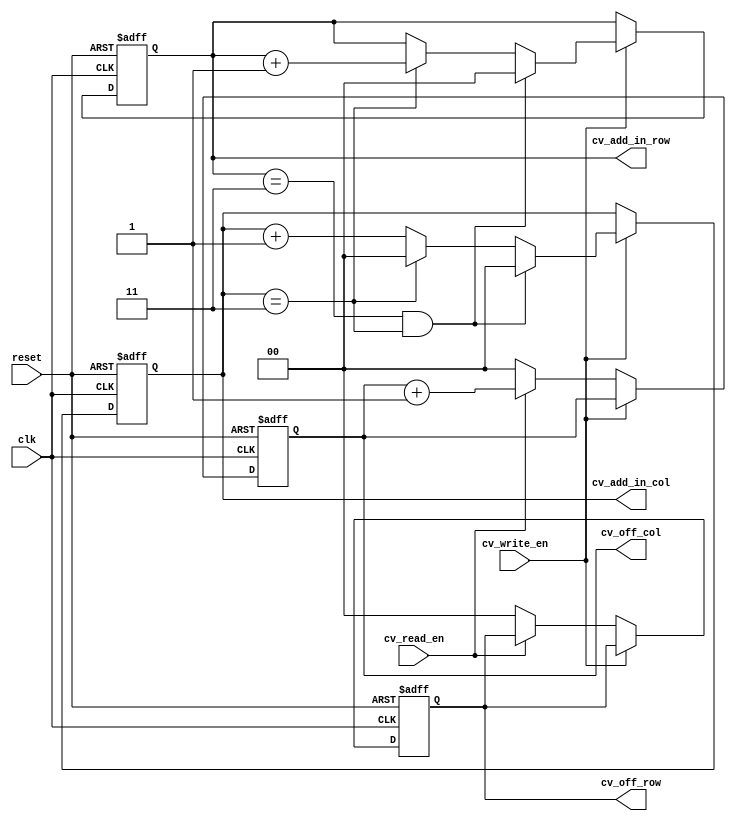
`timescale 1ns / 1ps
//////////////////////////////////////////////////////////////////////////////////
// Company: 
// Engineer: 
// 
// Design Name: 
// Module Name: Conved_count
// Project Name: 
// Target Devices: 
// Tool Versions: 
// Description: 
// 
// Dependencies: 
// 
// Revision:
// Revision 0.01 - File Created
// Additional Comments:
// 
//////////////////////////////////////////////////////////////////////////////////


module Conved_count(clk, reset, cv_write_en, cv_read_en, cv_add_in_col, cv_add_in_row, cv_off_col, cv_off_row );

parameter CON_SIZE = 4; //conved memory y X y
parameter CON_ADDR = 2;

input clk, reset;
input cv_write_en;
input cv_read_en;

output reg [CON_ADDR-1:0] cv_add_in_col;
output reg [CON_ADDR-1:0] cv_add_in_row;

output reg [CON_ADDR-2-1:0] cv_off_col;
output reg [CON_ADDR-2-1:0] cv_off_row;

always @ (posedge clk or negedge reset)
begin
    if( !reset )
    begin
        cv_add_in_col <= 0;
        cv_add_in_row <= 0;
        cv_off_row <= 0;
        cv_off_col <= 0;
    end
    else
    begin
        if(cv_write_en)
        begin
            if( (cv_add_in_row == (CON_SIZE-1)) && (cv_add_in_col == (CON_SIZE-1)) )
            begin
                cv_add_in_row <= 0;
                cv_add_in_col <= 0;    
            end
            else if(cv_add_in_col == (CON_SIZE-1))
            begin
                cv_add_in_row <= cv_add_in_row + 1'b1;
                cv_add_in_col <= 0;
            end
            else cv_add_in_col <= cv_add_in_col + 1'b1;
        end
        else if(cv_read_en)
        begin
            if( (cv_off_row == (6)) && (cv_off_col == (6)) )
            begin
                cv_off_row <= 0;
                cv_off_col <= 0;
            end//off-row finish
            else if( (cv_off_col == (6)) )
            begin
                cv_off_row <= cv_off_row + 1'b1;
                cv_off_col <= 0;
            end//off-col finish
            else
            begin
                cv_off_col <= cv_off_col + 1'b1;
            end //row finish
        end
        else
        begin
            cv_off_row <= 0;
            cv_off_col <= 0;
        end
    end
end
endmodule